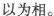
以为相。